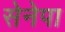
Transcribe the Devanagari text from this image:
सेनेपा